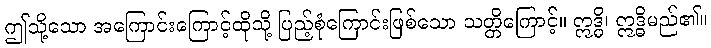
ဤသို့သော အကြောင်းကြောင့်ထိုသို့ ပြည့်စုံကြောင်းဖြစ်သော သတ္တိကြောင့်။ ဣဒ္ဓိ၊ ဣဒ္ဓိမည်၏။